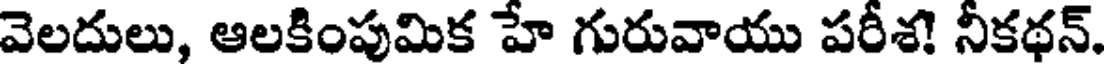
వెలదులు, ఆలకింపుమిక హే గురువాయు పరీశ! నీకథన్